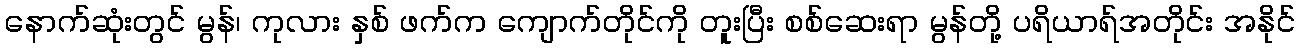
နောက်ဆုံးတွင် မွန်၊ ကုလား နှစ် ဖက်က ကျောက်တိုင်ကို တူးပြီး စစ်ဆေးရာ မွန်တို့ ပရိယာရ်အတိုင်း အနိုင်